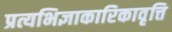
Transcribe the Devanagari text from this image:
प्रत्यभिज्ञाकारिकावृत्ति